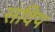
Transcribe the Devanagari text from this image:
सदिप